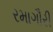
રમાગૌરી